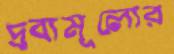
দ্রব্যমূল্যের